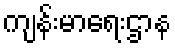
ကျန်းမာရေးဌာန